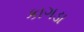
કાગડા